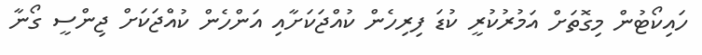
ހައިކޯޓުން މިގޮތަށް އަމުރުކުރީ ކުޑަ ފިރިހެން ކުއްޖަކަށާއި އަންހެން ކުއްޖަކަށް ޖިންސީ ގޯނާ